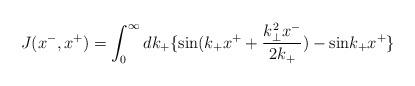
LaTeX: \begin{align*}J(x^-,x^+)=\int_0^{\infty}dk_+ \{ {\rm sin}(k_+x^++\frac{k_{\bot}^2x^-}{2k_+})-{\rm sin}k_+x^+ \}\end{align*}